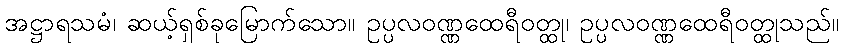
အဋ္ဌာရသမံ၊ ဆယ့်ရှစ်ခုမြောက်သော။ ဥပ္ပလဝဏ္ဏထေရီဝတ္ထု၊ ဥပ္ပလဝဏ္ဏထေရီဝတ္ထုသည်။